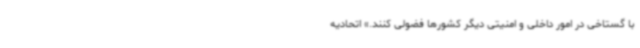
با گستاخی در امور داخلی و امنیتی دیگر کشورها فضولی کنند.» اتحادیه